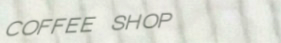
COFFEE SHOP